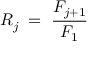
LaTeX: R _ { j } \; = \; \frac { F _ { j + 1 } } { F _ { 1 } }